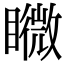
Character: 矀